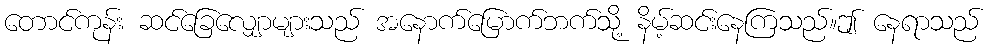
တောင်ကုန်း ဆင်ခြေလျှောများသည် အနောက်မြောက်ဘက်သို့ နိမ့်ဆင်းနေကြသည်။ဤ နေရာသည်